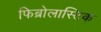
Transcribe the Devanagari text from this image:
फिब्रोलास्टिक